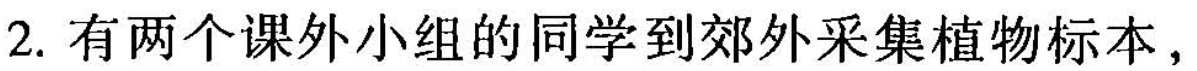
2.有两个课外小组的同学到郊外采集植物标本，